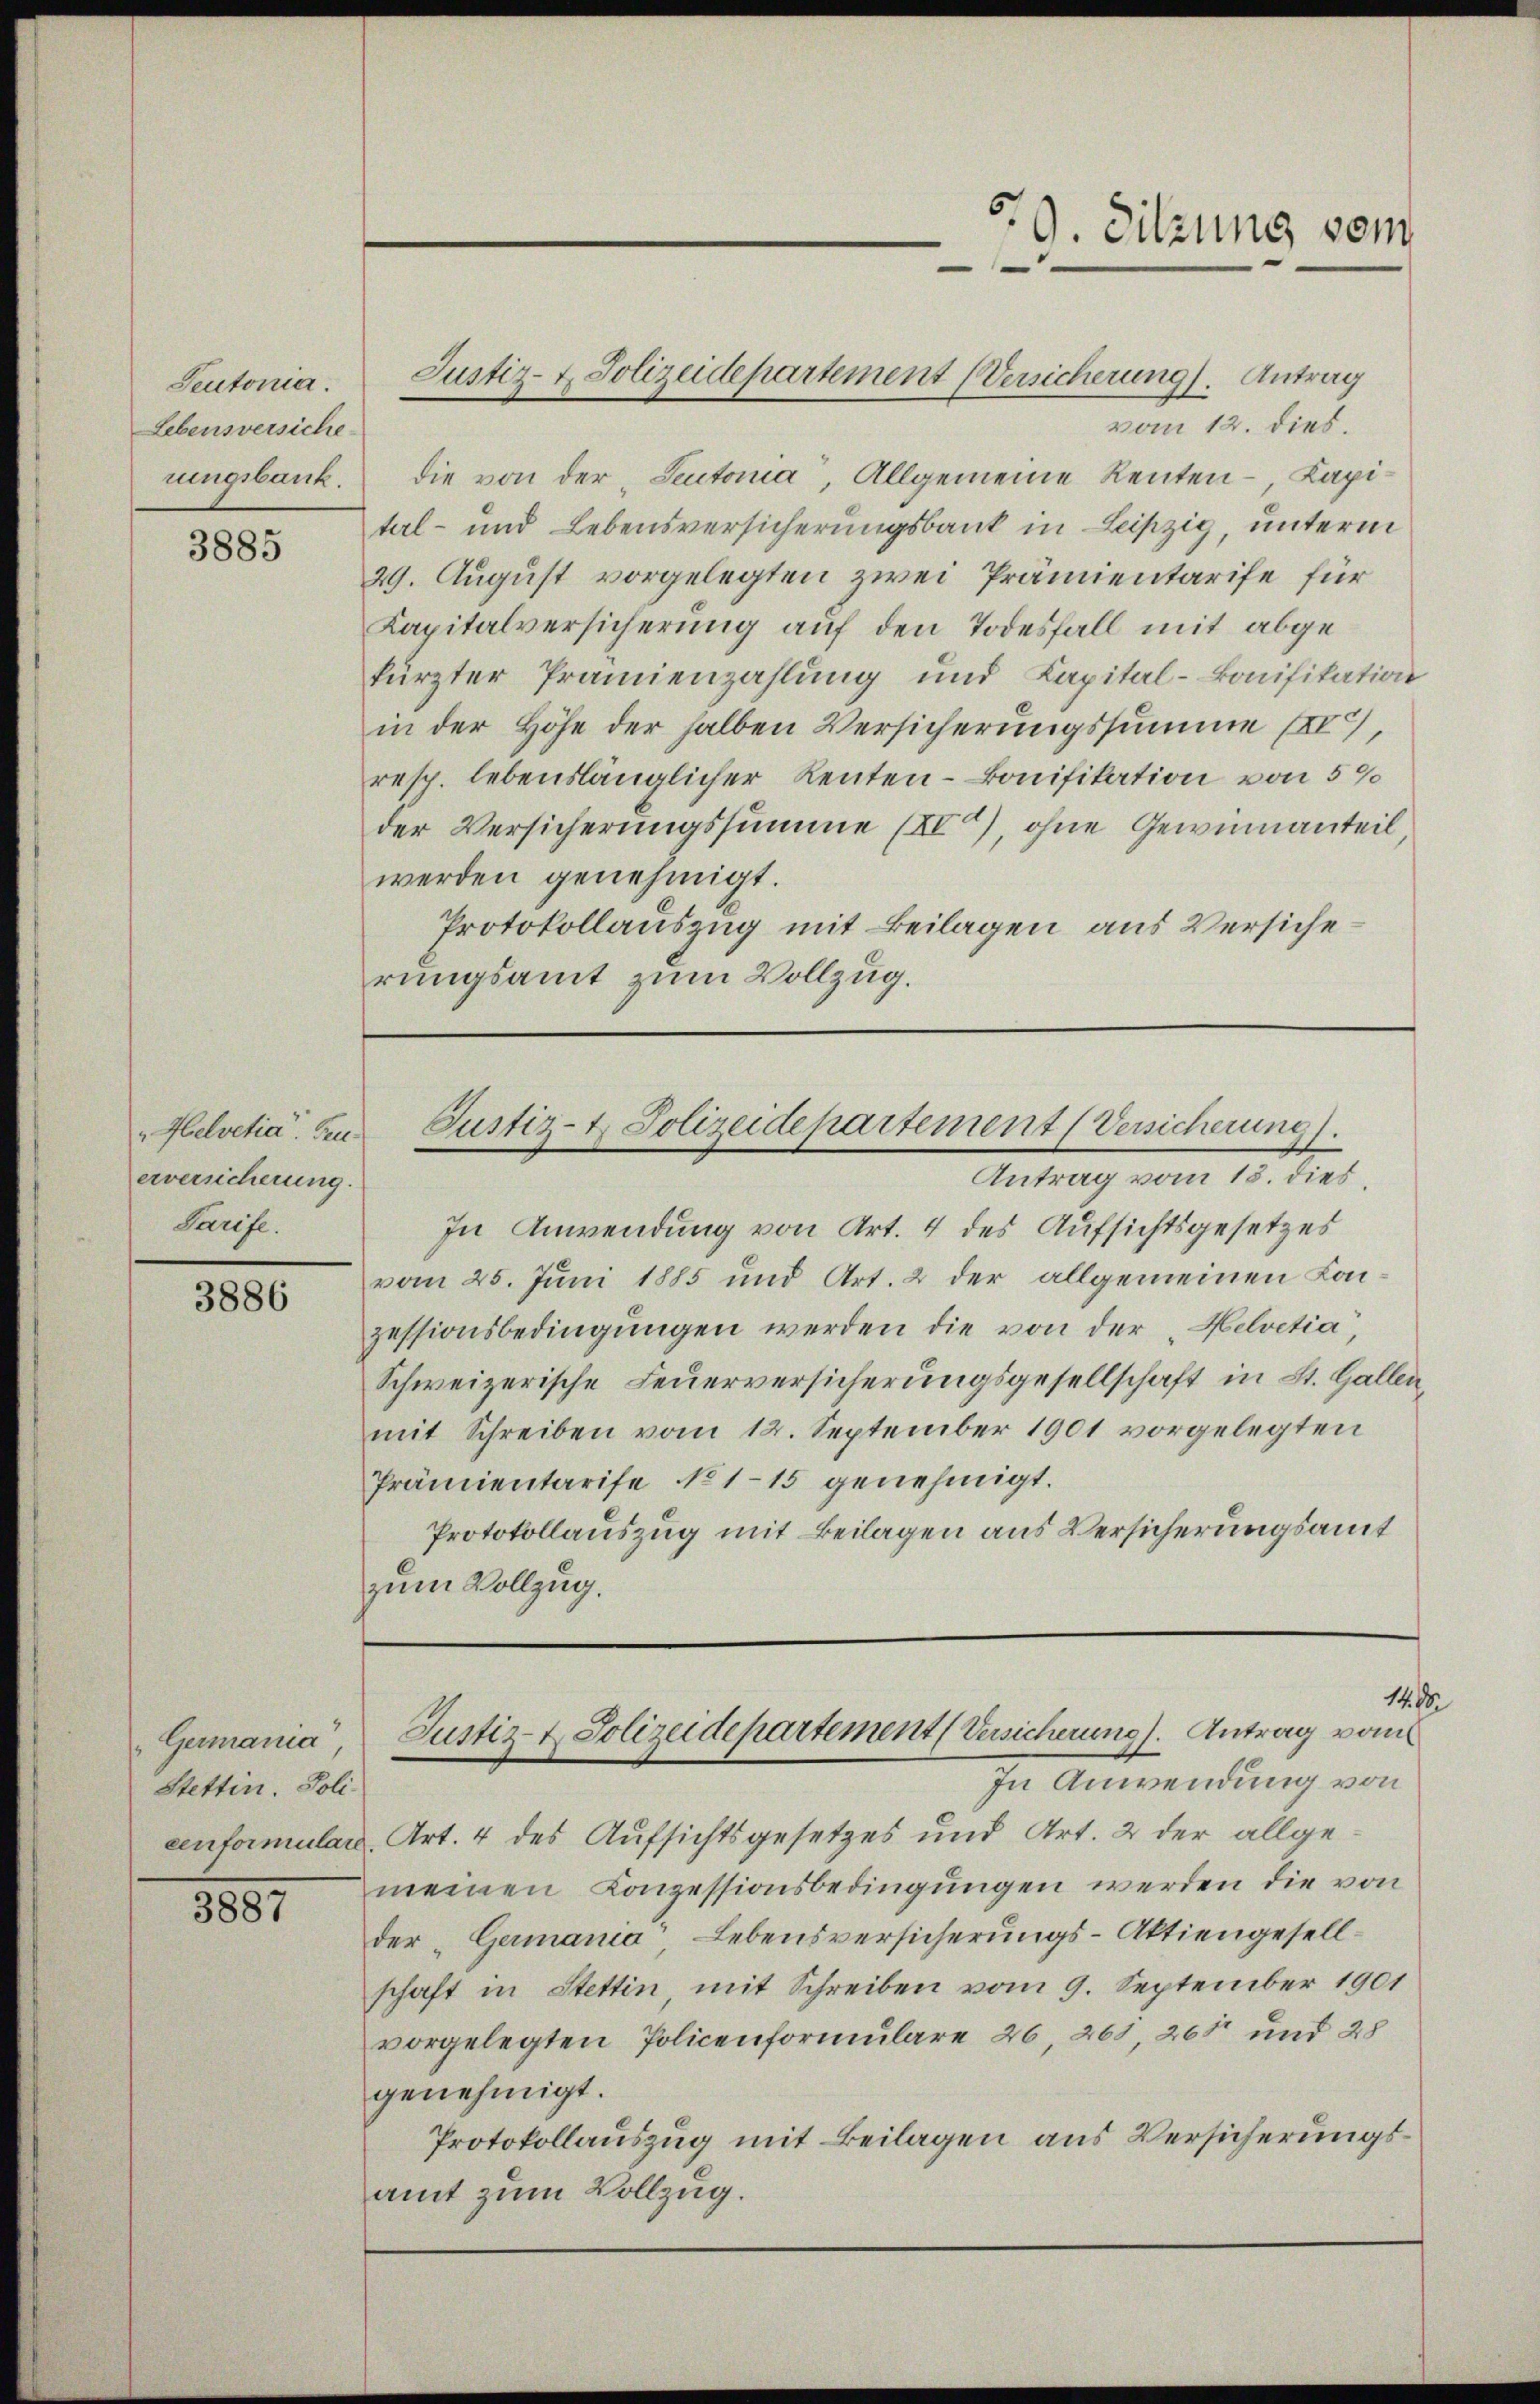
Seutonia.
Lebensversiche
rungsbank.

3885

"Helvetia". Feu
erversicherung.
Sarife.

3886

Germania
Stettin. Poli

3887

In Anwendung von Art. 4 des Aufsichtsgesetzes
vom 25. Juni 1885 und Art. 2 der allgemeinen Kaizessionsbedingŭngen werden die von der „Helvetia,
Schweizerische Feuerversicherungsgesellschaft in St. Gallen
mit Schreiben vom 12. September 1901 vorgelegten
Prämientarife No 115 genehmigt.
Protokollauszug mit Beilagen aus Versicherungsamt
zum Vollzug.

vom 12. dies.
die von der „Seutoria, Allgemeine Renten - Kapital- und Lebensversicherungsbank in Leipzig, unterm
29. August vorgelegten zwei Prämientarife für
Kapitalversicherung auf den Todesfall mit abgekürzter Prämienzahlung und Kapital-konifikation
in der Höhe der halben Versicherungssumme (XX,
resp. lebenslänglicher Renten- Bonifikation von 5%
der Versicherungssumme (XVa), ohne Gewinnanteil
werden genehmigt.
Protokollauszug mit Beilagen aus Versiche
rungsamt zum Vollzug.

Justiz- & Polizeidepartement (Versicherung. Antrag

9. Sitzung vom

Justiz- & Polizeidepartement (Versicherung.
Antrag vom 13. dies

140
Justiz- & Polizeidepartement (Versicherung). Antrag vom

In Anwendung von
cenformular, Art. 4 des Aufsichtsgesetzes und Art. 2 der allgemeinen Conzessionsbedingungen werden die von
der „Germania" Lebensversicherungs-Aktiengesellschaft in Stettin, mit Schreiben vom 9. September 1901
vorgelegten Policenformulare 26, 268, 265 und 28
genehmigt.
Protokollauszug mit Beilagen aus Versicherungsamt zum Vollzug.